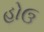
હોઉ